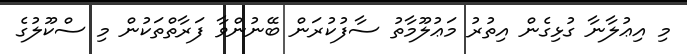
މި އިޢުލާނާ ގުޅިގެން އިތުރު މަޢުލޫމާތު ސާފުކުރަން ބޭނުންވާ ފަރާތްތަކުން މި ސްކޫލުގެ